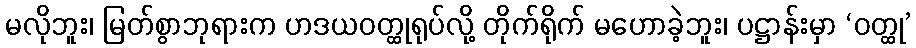
မလိုဘူး၊ မြတ်စွာဘုရားက ဟဒယဝတ္ထုရုပ်လို့ တိုက်ရိုက် မဟောခဲ့ဘူး၊ ပဋ္ဌာန်းမှာ ‘ဝတ္ထု’